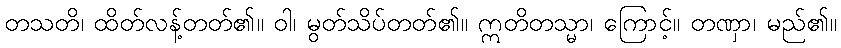
တသတိ၊ ထိတ်လန့်တတ်၏။ ဝါ၊ မွတ်သိပ်တတ်၏။ ဣတိတသ္မာ၊ ကြောင့်။ တဏှာ၊ မည်၏။